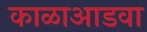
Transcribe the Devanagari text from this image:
काळाआडवा